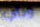
وبأي